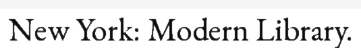
New York: Modern Library.